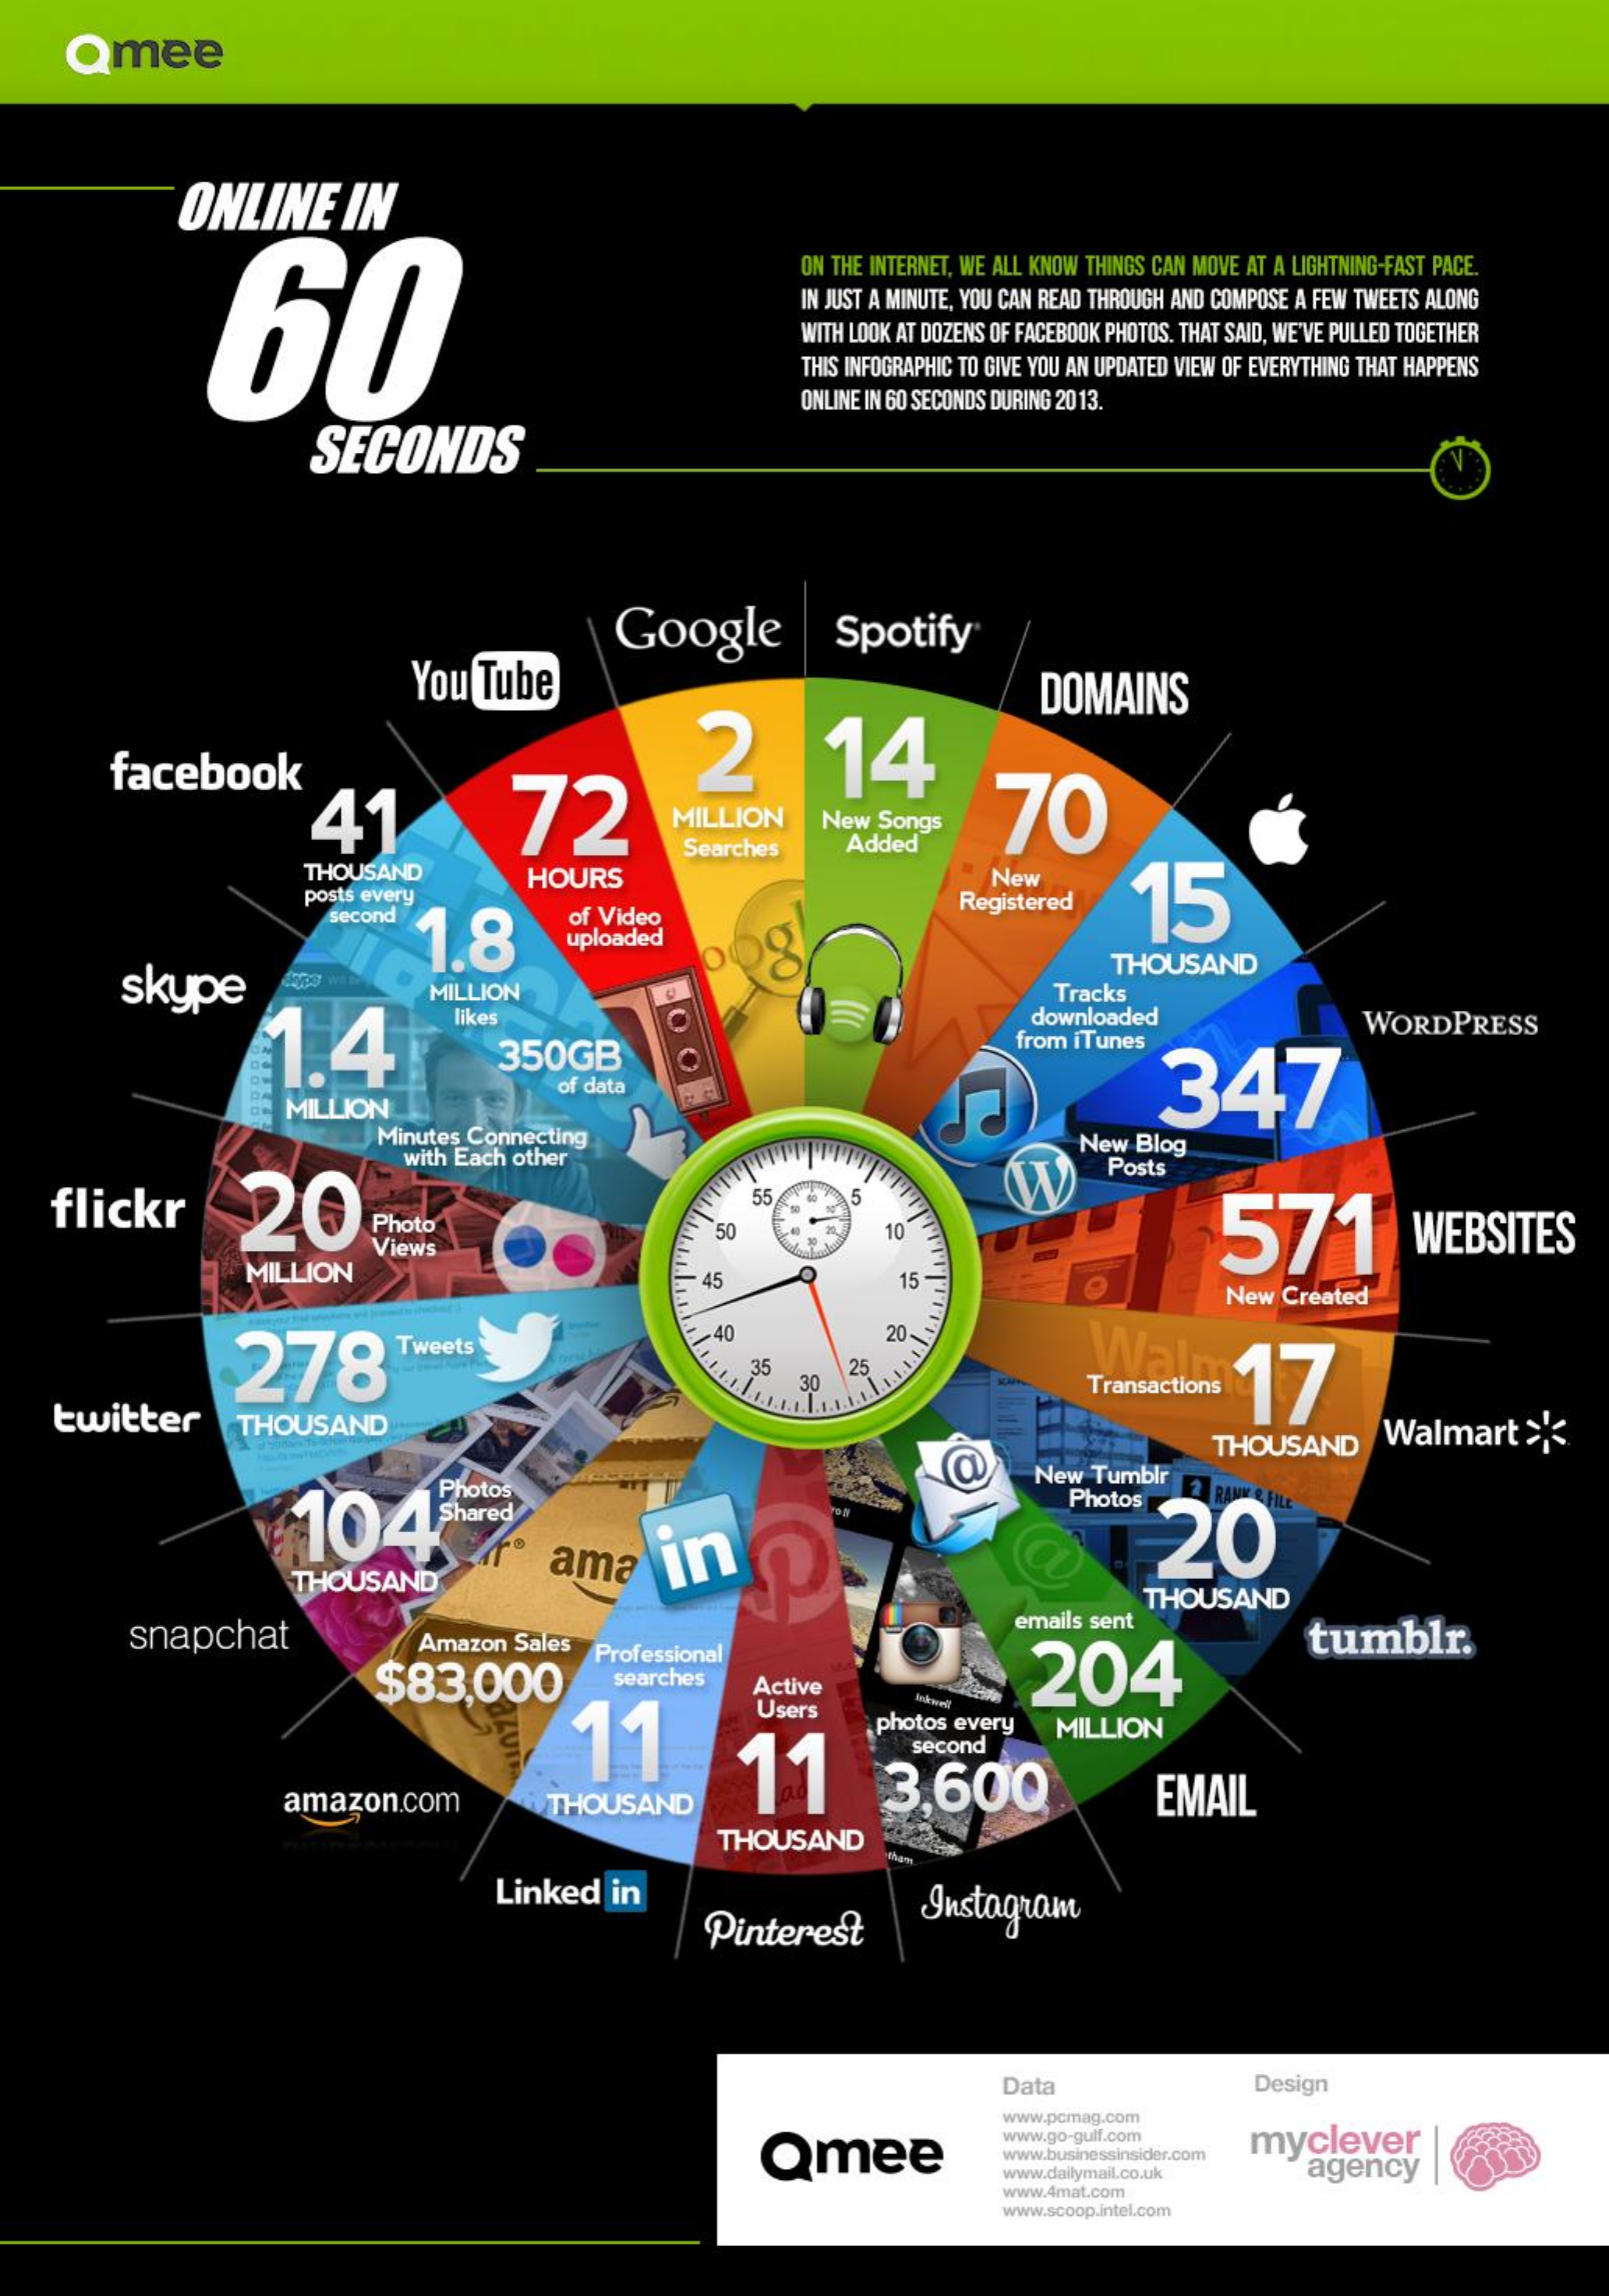
Qmee
     ONLINE    IN
     60
     ON THE INTERNET, WE ALL KNOW THINGS CAN MOVE AT A LIGHTNING-FAST PACE.
     IN JUST A MINUTE, YOU CAN READ THROUGH AND COMPOSE A FEW TWEETS ALONG
     WITH LOOK AT DOZENS OF FACEBOOK PHOTOS. THAT SAID, WE'VE PULLED TOGETHER
     THIS INFOGRAPHIC TO GIVE YOU AN UPDATED VIEW OF EVERYTHING THAT HAPPENS
     ONLINE IN 60 SECONDS DURING 2013.
     SECONDS
     You  Tube
     Google    Spotify
     facebook
     72
     2    14
     DOMAINS
     41    70 MILLION New Songs
     THOUSAND
     Searches    Added
     HOURS    New
     15 posts every
     second
     1.8
     of Video
     Registered
     uploaded
     skype
     THOUSAND
     OO 1.4
     MILLION    Tracks
     likes    downloaded
     350GB
     from iTunes
     WORDPRESS
     347
     MILLION
     of data
     Minutes Connecting    New  Blog
     20
     with Each other    Posts
     flickr    55
     Photo    571    WEBSITES
     Views
     10
     MILLION    45    15
     New Created
     278    Tweets
     40    20-
     Wal
     35    25
     twitter
     Transactions  17 30
     THOUSAND
     THOUSAND    Walmart    ><
     Photos
     a    New  Tumblr
     104hred
     Photos
     ama    in    20
     THOUSAND
     THOUSAND
     snapchat    Amazon   Sales
     emails sent
     $83,000
     tumblr.
     Professional
     204 searches
     11
     Active
     Users
     11
     photos every
     second
     MILLION
     amazon.com
     3,600
     THOUSAND    EMAIL
     THOUSAND
     Linked    in
     Pinterest    Instagram
     Data    Design
     www.pcmag.com
     Qmee
     www.go-gulf.com    myclever
     www.businessinsider.com
     www.dailymail.co.uk    agency
     www.4mat.com
     www.scoop.intel.com